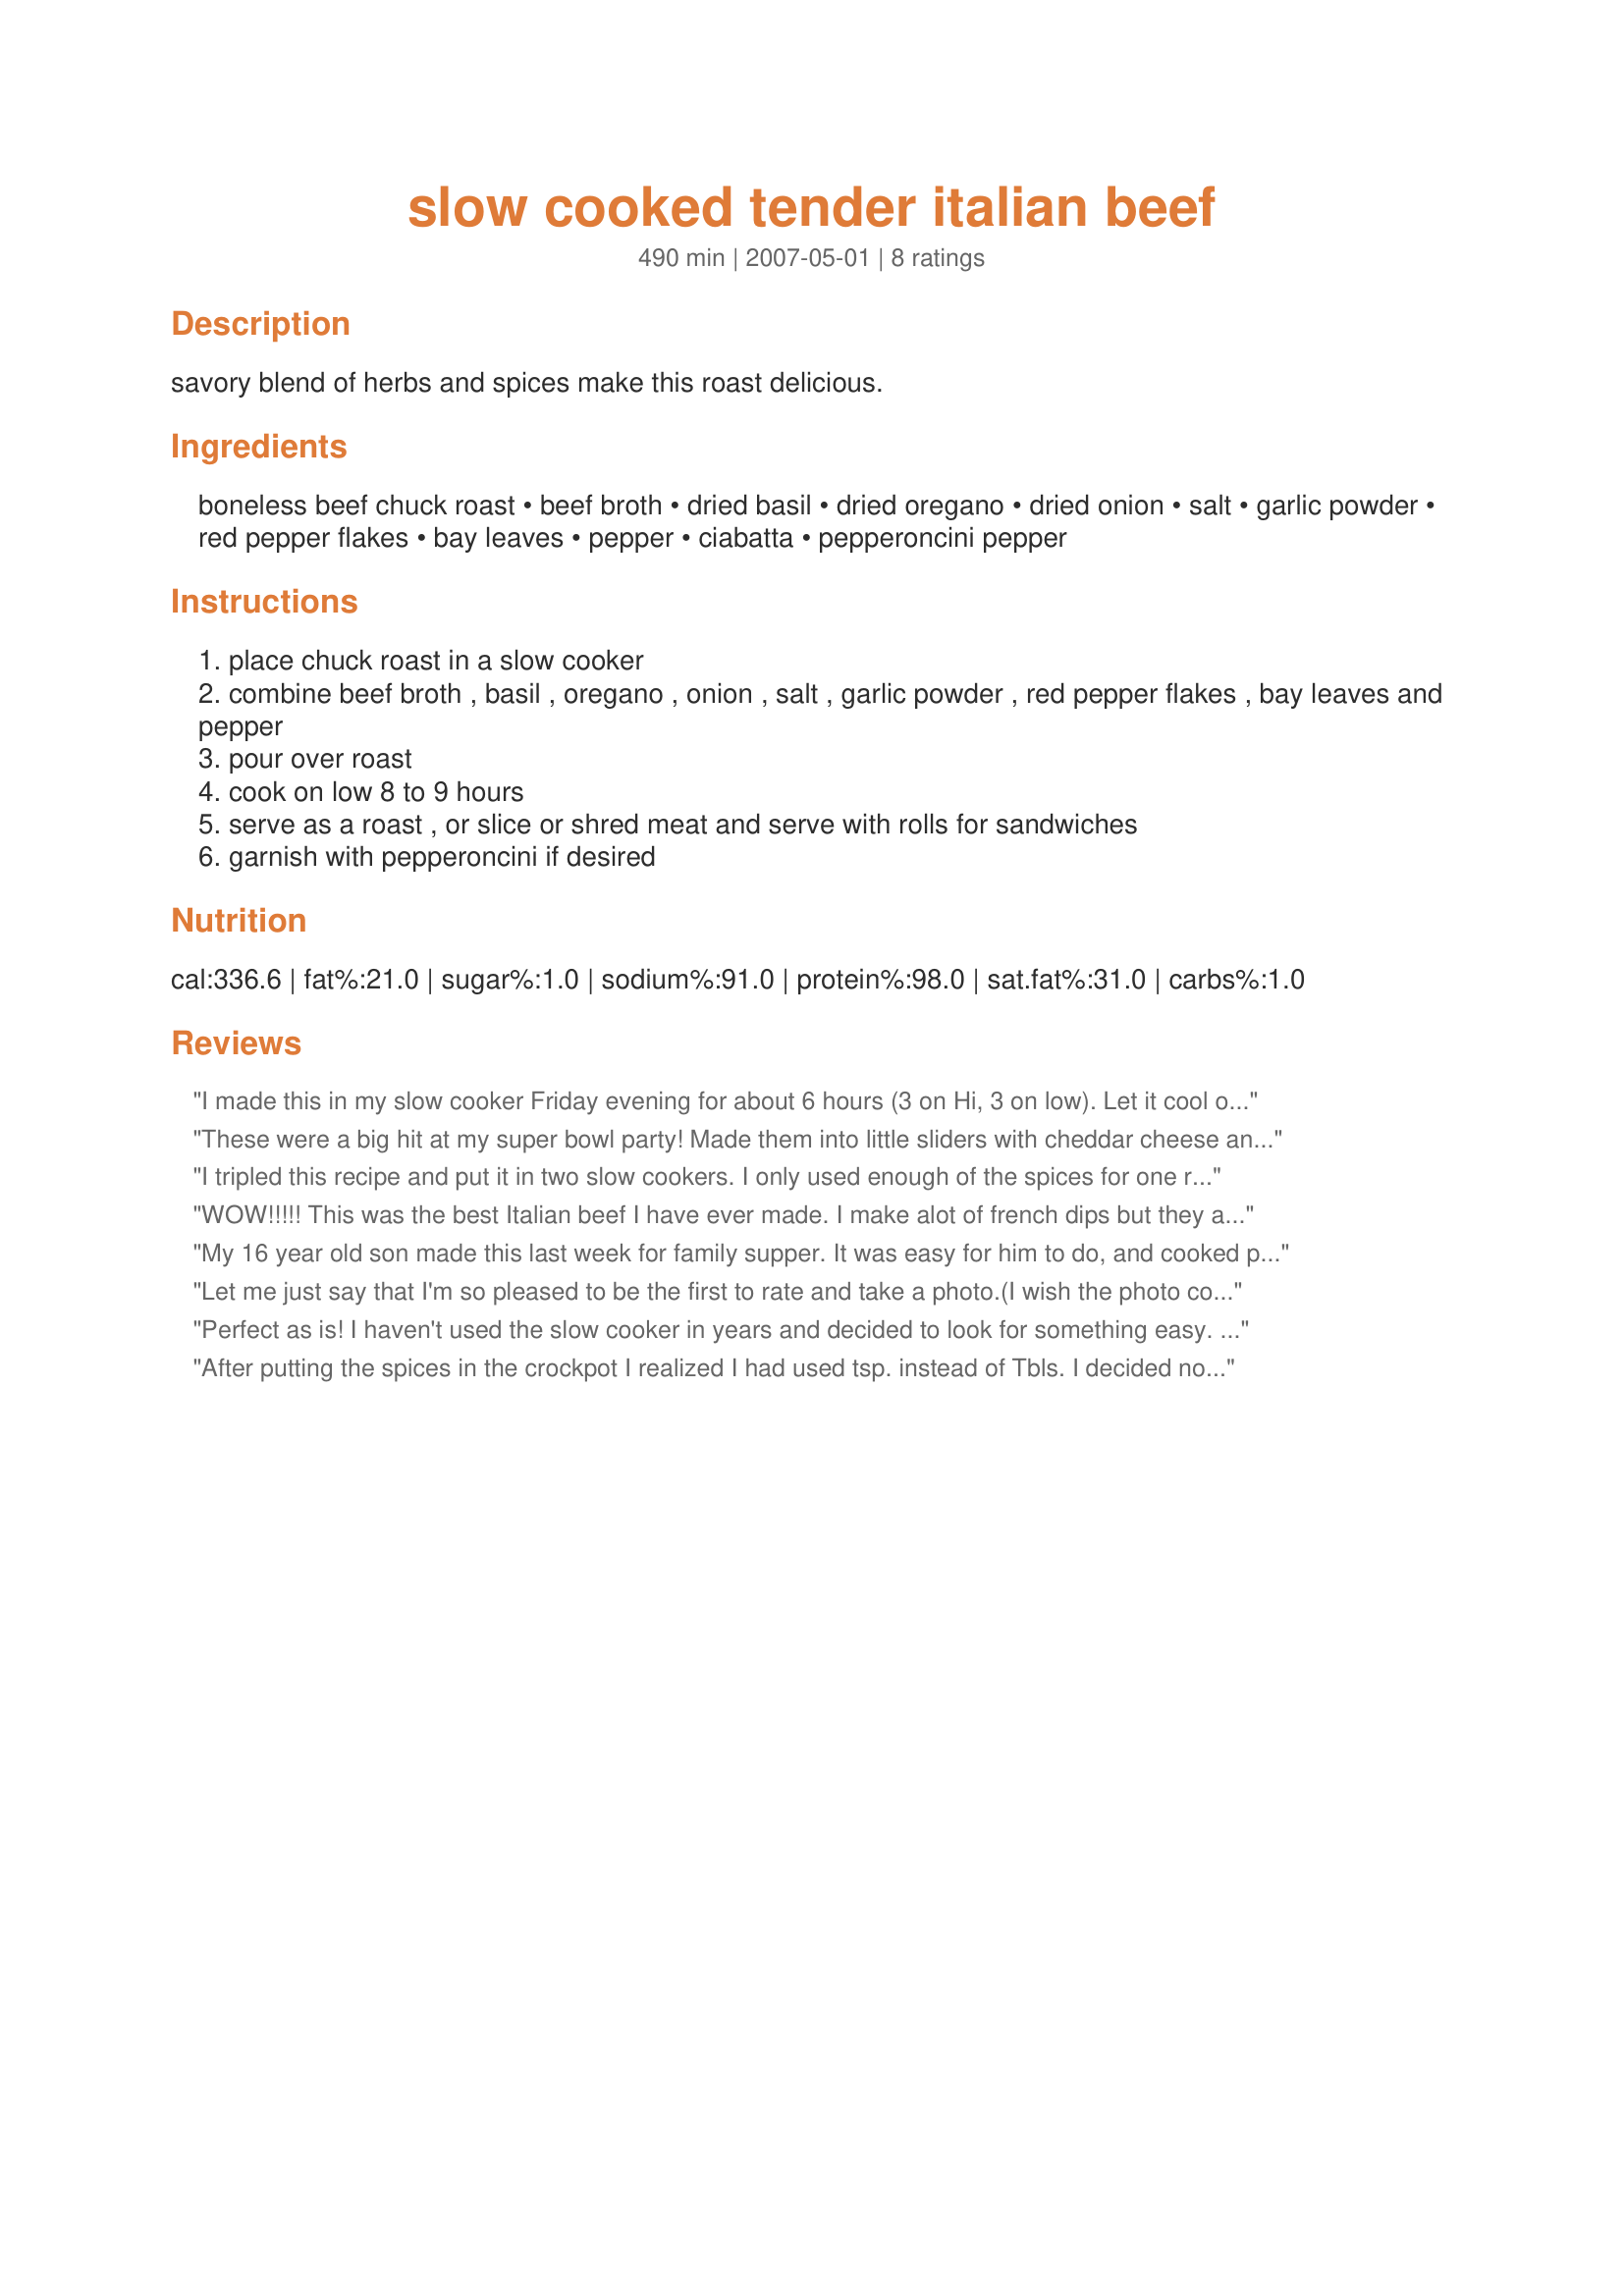
slow cooked tender italian beef
Preparation time: 490 minutes

savory blend of herbs and spices make this roast delicious.

Ingredients:
boneless beef chuck roast, beef broth, dried basil, dried oregano, dried onion, salt, garlic powder, red pepper flakes, bay leaves, pepper, ciabatta, pepperoncini pepper

Steps:
place chuck roast in a slow cooker
combine beef broth , basil , oregano , onion , salt , garlic powder , red pepper flakes , bay leaves and pepper
pour over roast
cook on low 8 to 9 hours
serve as a roast , or slice or shred meat and serve with rolls for sandwiches
garnish with pepperoncini if desired

Reviews:
I made this in my slow cooker Friday evening for about 6 hours (3 on Hi, 3 on low). Let it cool overnight outside (28 degrees) then turned it on low at noon Saturday until 5:30. Just a few modifications. I seared/browned the roast in my Dutch oven first. Caramelized the onions, added garlic and seasonings. Roasted, peeled and seeded 1 Poblano and 5 Anaheim peppers. Placed the roast in the cooker on top of the onions but added a can of low sodium stewed tomatoes on top along with the peppers. Heated about 12 oz of low sodium beef broth and poured it around it to let the tomatoes stay on top of the meat. Fantastic flavor and the meat shredded like a pot roast. Served it on kings Hawaiian rolls with two sweet pickles. I added some flour/milk mixture to the broth on high heat to thicken the sauce. A tablespoon or two on the sandwich was over the top! Definitely a keeper.
These were a big hit at my super bowl party! Made them into little sliders with cheddar cheese and a squirt of sweet baby rays/BBQ sauce! I also made a queso/spinach dip so put a spoonful of that on it as well, OMG amazing! No leftovers.
I tripled this recipe and put it in two slow cookers. I only used enough of the spices for one recipe and it was plenty. I mixed the broth and spices in a plastic pitcher and pored it into the slow cookers to evenly devide it. Nine hours later the beef shredded easily and the au jus was delicious. Everyone loved it on nice rolls and it was very tasty for the next two days. I roasted some peppers and they added a nice touch. I know I will make this again and again.
WOW!!!!! This was the best Italian beef I have ever made. I make alot of french dips but they all call for very simple two ingredients and lack that flavor I was looking for. All of the spices make this awesome. My DH loved it...thanks!
My 16 year old son made this last week for family supper. It was easy for him to do, and cooked perfectly. We served it as roast au jus, with mashed potatoes and corn.
Let me just say that I'm so pleased to be the first to rate and take a photo.(I wish the photo could have been better).As I was reading the ingredients, I knew that the amount of basil would be too much so I cut the amount in half.And as for the salt I left it out,since I wasn't sure how salty the beef broth was.Everything else stayed the same.Since I had gotten a late start on getting this going,I cooked this on low for three hours and then on high for two hours.And making it this way worked out perfect for me.We had this on hoagie buns served with Recipe#205715,and it made a great meal.This will be made again.Thank you for posting and,"Keep Smiling:)"
Perfect as is! I haven't used the slow cooker in years and decided to look for something easy. This was not only too easy, it tastes fantastic. My husband asked for it again but with onions and bell pepper. I'll give it a try. Thank you!
After putting the spices in the crockpot I realized I had used tsp. instead of Tbls. I decided not to add more because I thought Tablespoons of garlic powder and red pepper flakes especially sounded way too spicy for my family. I'm really glad I didn't because it was indeed spicy enough with the tsp. amounts. We enjoyed the sandwiches a great deal. A little mayo on the bun was also good. Thanks for posting! I know I'll be making them again! I served them with Recipe #225300 and Recipe #320739.
